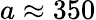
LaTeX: a\approx 350